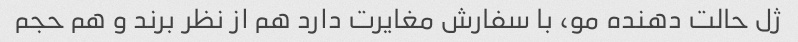
ژل حالت دهنده مو، با سفارش مغایرت دارد هم از نظر برند و هم حجم